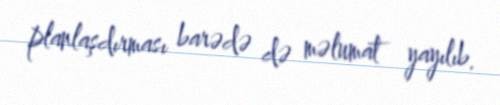
planlaşdırması barədə də məlumat yayılıb.